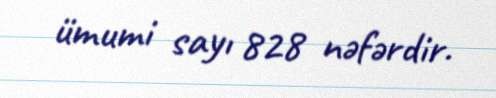
ümumi sayı 828 nəfərdir.